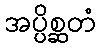
အပ္ပိစ္ဆတံ